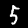
Label: 5